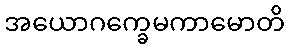
အယောဂက္ခေမကာမောတိ